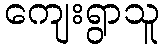
ကျေးရွာသူ